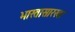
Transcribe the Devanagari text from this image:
भारतासारखा